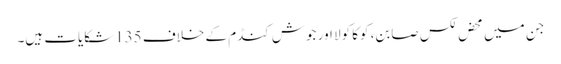
جن میں محض لکس صابن، کوکا کولا اور جوش کنڈم کے خلاف 135شکایات ہیں۔